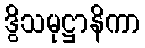
ဒွိသမုဋ္ဌာနိကာ